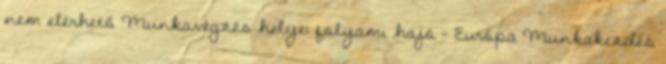
nem elérhető Munkavégzés helye: folyami hajó – Európa Munkakezdés